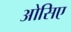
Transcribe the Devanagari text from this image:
ओसिए